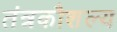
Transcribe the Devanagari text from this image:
तंत्रकौशल्य